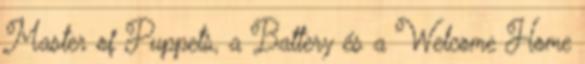
Master of Puppets, a Battery és a Welcome Home